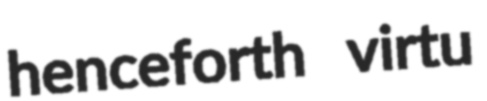
henceforth virtu